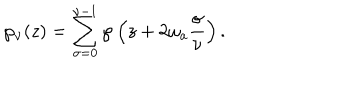
\wp _ { \nu } ( z ) = \sum _ { \sigma = 0 } ^ { \nu - 1 } \wp \left( z + 2 \omega _ { a } \frac { \sigma } { \nu } \right) .